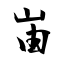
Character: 峀